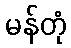
မန်တုံ